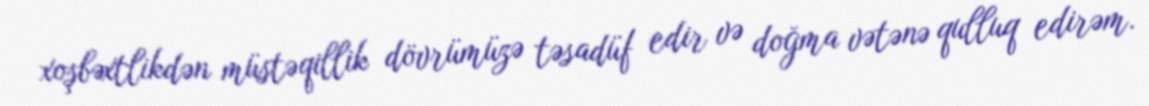
xoşbəxtlikdən müstəqillik dövrümüzə təsadüf edir və doğma vətənə qulluq edirəm.